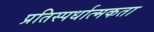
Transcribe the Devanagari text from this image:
प्रतिस्‍पर्धात्‍मकता